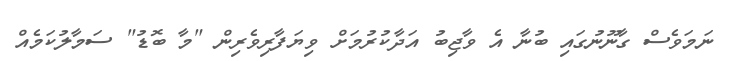
ނަމަވެސް ގާނޫނުގައި ބުނާ އެ ވާޖިބު އަދާކުރުމަށް ވިޔަފާރިވެރިން "މާ ބޮޑު" ސަމާލުކަމެއް